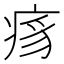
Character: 𬏯